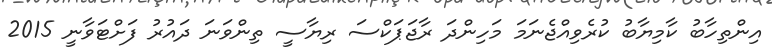
އިންތިހާބު ކާމިޔާބު ކުރެވިއްޖެނަމަ މަހިންދަ ރާޖަޕަކްސަ ރިޔާސީ ތިންވަނަ ދައުރު ފަށްޓަވާނީ 2015